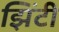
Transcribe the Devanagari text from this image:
झिंटी